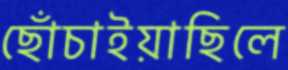
ছোঁচাইয়াছিলে